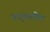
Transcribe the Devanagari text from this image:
तार्‍यातील